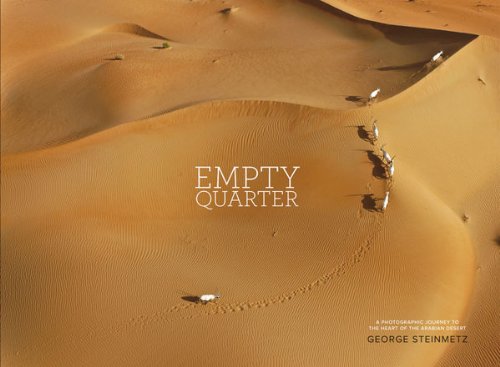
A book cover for Empty Quarter: A Photographic Journey to the Heart of the Arabian Desert; George Steinmetz; Arts & Photography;